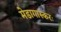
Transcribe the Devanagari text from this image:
मेडागास्करः